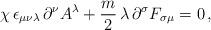
LaTeX: \begin{align*}\chi\,\epsilon_{\mu\nu\lambda}\,\partial^{\nu}A^{\lambda} + \frac{m}{2}\,\lambda\,\partial^{\sigma}F_{\sigma\mu} = 0\,,\end{align*}